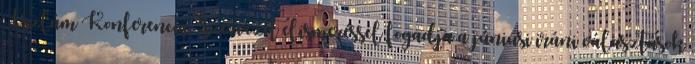
Iszlám Konferencia Szervezet elismeréssel fogadja a júniusi iráni választások